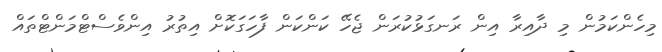
މިހެންކަމުން މި ދާއިރާ އިން ރަނގަޅުކުރަން ޖެހޭ ކަންކަން ފާހަގަކޮށް އިތުރު އިންވެސްޓްމަންޓްތައް